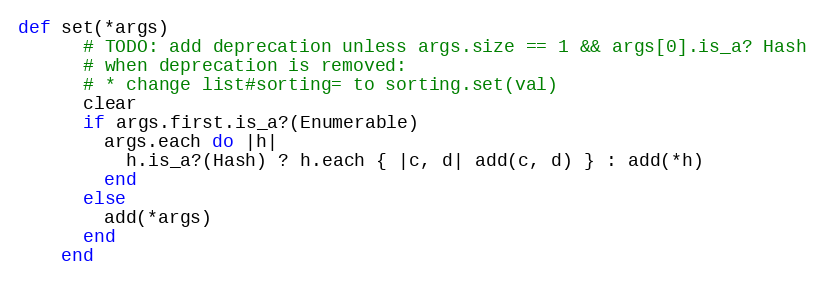
Language: Ruby
def set(*args)
      # TODO: add deprecation unless args.size == 1 && args[0].is_a? Hash
      # when deprecation is removed:
      # * change list#sorting= to sorting.set(val)
      clear
      if args.first.is_a?(Enumerable)
        args.each do |h|
          h.is_a?(Hash) ? h.each { |c, d| add(c, d) } : add(*h)
        end
      else
        add(*args)
      end
    end